Insane asylums in Bengal annual reports 1867-1875 - 1867-1875
Year: 1867
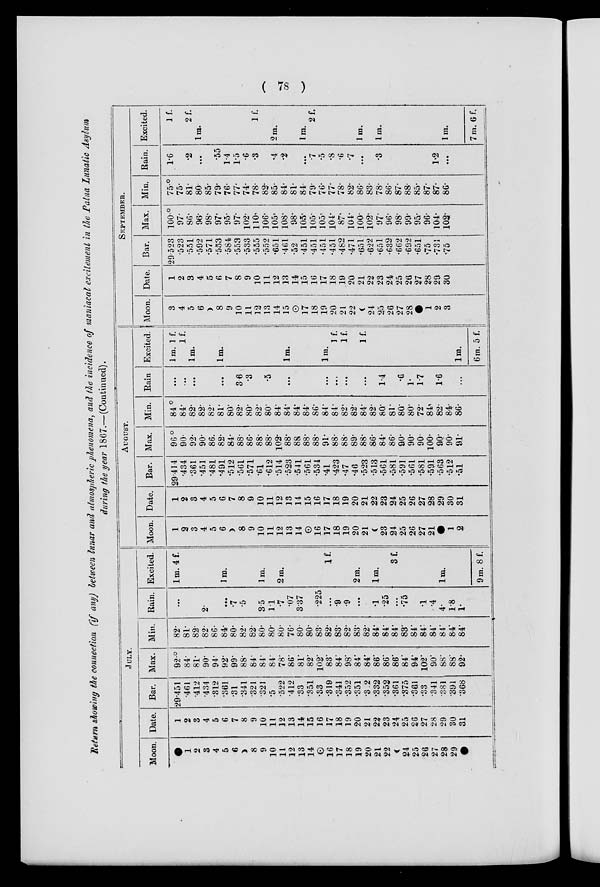
( 78 )
Return showing the connection (if any) between lunar and atmospheric phenomena, and the incidence of maniacal excitement in the Patna Lunatic Asylum
during the year 1867.—(Continued).
JULY.
Moon.
1
2
3
4
5
6
8
9
10
11
12
13
14
16
17
18
19
20
21
22
24
25
26
27
28
29
Date.
1
2
3
4
5
6
7
8
9
10
11
12
13
14
15
16
17
18
19
20
21
22
23
24
25
26
27
28
29
30
31
Bar.
29.451
.461
.412
.434
.312
.361
.31
.341
.321
321
.5
.522
.412
.33
.351
.33
.319
.341
.352
.351
.322
.332
.352
.361
.375
.361
.33
.341
.381
391
.368
Max.
92.°
84.
81.
90.
94.
92.
99.
88.
84.
84.
84.
78.
86.
81.
82.
102.
83.
84.
98.
84.
84.
86.
86.
86.
84.
94.
102.
90.
88.
88.
92.
Min.
82.
81.
82.
82.
86.
84.
80.
82.
82.
80.
80.
80.
76.
80.
80.
83.
82.
83.
82.
83.
82.
84.
84.
84.
83.
84.
84.
84.
84.
84.
84.
Rain.
...
2.
...
.7
.5
3.5
1.1
.7
.07
3.37
.225
...
.9
.9
...
.1
.25
...
.75
.1
.4
4.
1.8
1.
Excited.
1 m. 4 f.
1 m.
1 m.
2 m.
1 f.
2 m.
1 m.
3 f.
1 m.
9 m. 8 f.
AUGUST.
Moon.
1
2
3
4
5
6
8
9
10
11
12
13
14
16
17
18
19
20
21
23
24
25
26
27
21
1
2
Date.
1
2
3
4
5
6
7
8
9
10
11
12
13
14
15
16
17
18
19
20
21
22
23
24
25
26
27
28
29
30
31
Bar.
29.414
.434
.361
.451
.481
.491
.512
.561
.571
.61
.612
.514
.523
.541
.561
.534
.41
.423
.47
.46
.523
.513
.561
.581
.591
.561
.581
.591
.563
.512
.51
Max.
96.°
90.
92.
90.
86.
82.
84.
88.
86.
88.
88.
102.
88.
88
88.
88.
91.
88.
88.
89.
88.
86.
84.
86.
90.
90.
90.
100.
90.
90.
91.
Min.
84.°
84.
82.
82.
82.
81.
80.
82.
80.
82.
80.
84.
84.
84.
84.
86.
84.
84.
82.
82.
84.
82.
80.
81.
80.
80
72.
84.
82.
84.
86.
Rain
...
...
...
...
3.6
.3
.5
...
...
...
...
...
1.4
.6
1.
1.7
1.6
...
Excited.
1 m. 1 f.
1 f.
1 m.
1 m.
1 m.
1 m.
1 f.
1 f.
1 f.
1 m.
6 m. 5 f.
SEPTEMBER.
Moon.
3
4
5
6
8
9
10
11
12
13
14
15
17
18
19
20
21
22
24
25
26
27
28
1
2
3
Date.
1
2
3
4
5
6
7
8
9
10
11
12
13
14
15
16
17
18
19
20
21
22
23
24
25
26
27
28
29
30
Bar.
29.523
.523
.551
.592
.571
.553
.584
.553
.533
.555
.552
.651
.461
.52
.451
.451
.451
.451
.482
.471
.651
.622
.651
.632
.662
.692
.651
.75
.731
.75
Max.
100.°
97.
86.
96.
98.
97.
95.
97.
102.
110.
106.
105.
108.
98.
105.
105.
105.
104.
87.
104.
100.
102.
97.
96.
98.
99.
95.
96.
104.
102.
Min.
75.°
75.
81.
80.
85.
79.
76.
77.
74.
78.
82.
85.
84.
81.
84.
79.
76.
77.
78.
82.
86.
83.
78.
86.
87.
88.
85.
87.
87.
86.
Rain.
1.6
.2
...
.55
1.4
1.5
.6
.3
.4
.2
...
.7
.5
.8
.6
.7
...
.3
1.2
...
Excited.
1 f.
2 f .
1 m.
1 f.
2 m.
1 m.
2 f.
1 m.
1 m.
1 m.
7 m. 6 f.